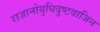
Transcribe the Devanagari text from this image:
राजानोयुधिदुष्टवाजिन